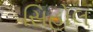
સિહોલ